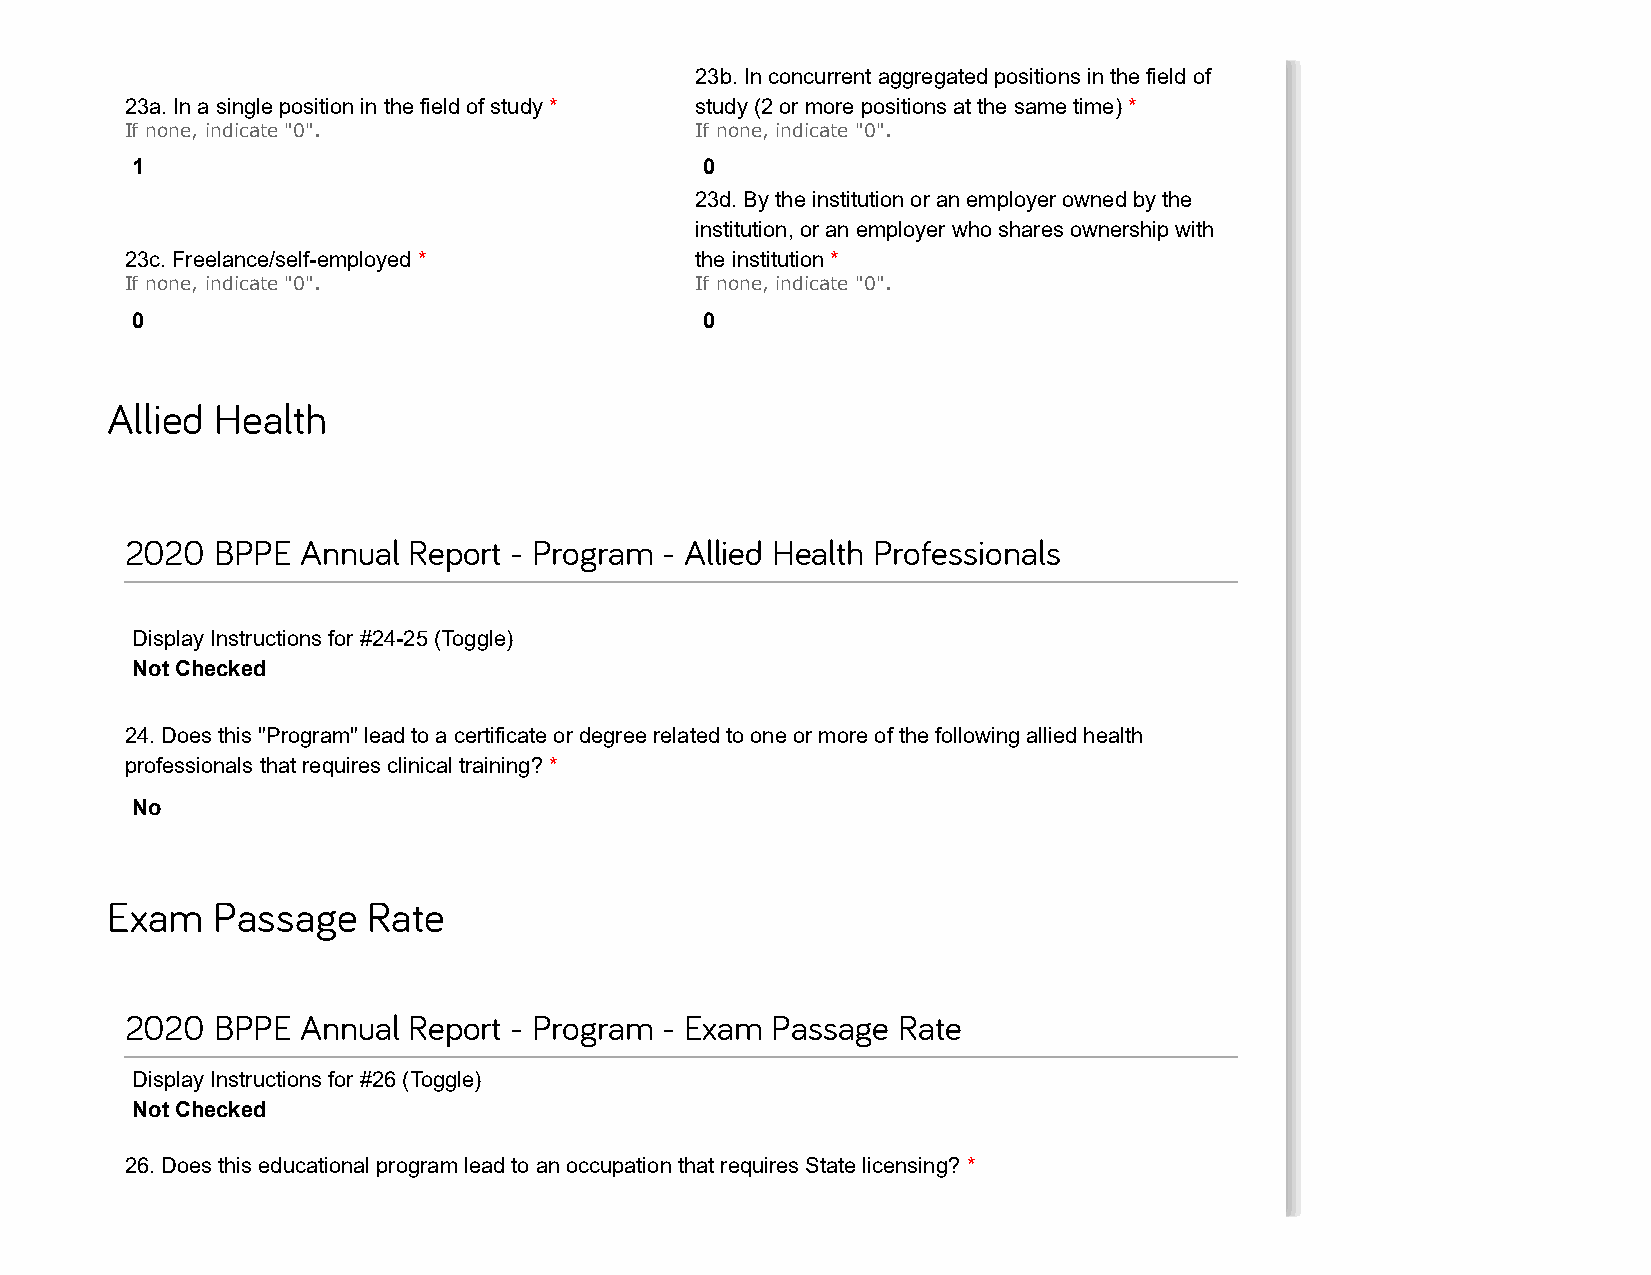
23b. In concurrent aggregated positions in the field of
 23a. In a single position in the field of study * study (2 or more positions at the same time) *
 If none, indicate "0".                If none, indicate "0".
 1                                     0
 23d. By the institution or an employer owned by the
 institution, or an employer who shares ownership with
 23c. Freelance/self-employed *        the institution *
 If none, indicate "0".                If none, indicate "0".
 0                                     0
 Allied Health
 2020  BPPE  Annual Report - Program - Allied Health Professionals
 Display Instructions for #24-25 (Toggle)
 Not Checked
 24. Does this "Program" lead to a certificate or degree related to one or more of the following allied health
 professionals that requires clinical training? *
 No
 Exam   Passage   Rate
 2020  BPPE  Annual Report - Program - Exam Passage  Rate
 Display Instructions for #26 (Toggle)
 Not Checked
 26. Does this educational program lead to an occupation that requires State licensing? *